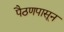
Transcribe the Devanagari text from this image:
पैठणपासून